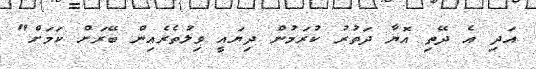
އަދި އެ ދޭތި އޮޔާ ދަތުރު ކުރަމުން ދިޔައީ ވިލުތެރެއިން ބޭރަށް ކަމަށް"